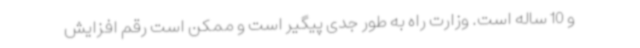
و 10 ساله است. وزارت راه به طور جدی پیگیر است و ممکن است رقم افزایش